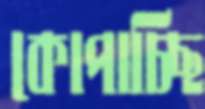
কোপাচ্ছি